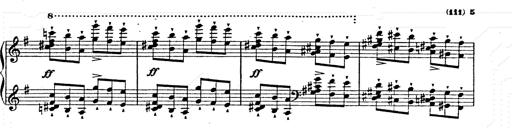
Title: Ab irato
Composer: Franz Liszt